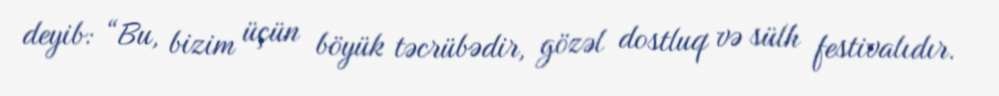
deyib: “Bu, bizim üçün böyük təcrübədir, gözəl dostluq və sülh festivalıdır.